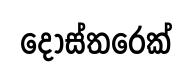
දොස්තරෙක්